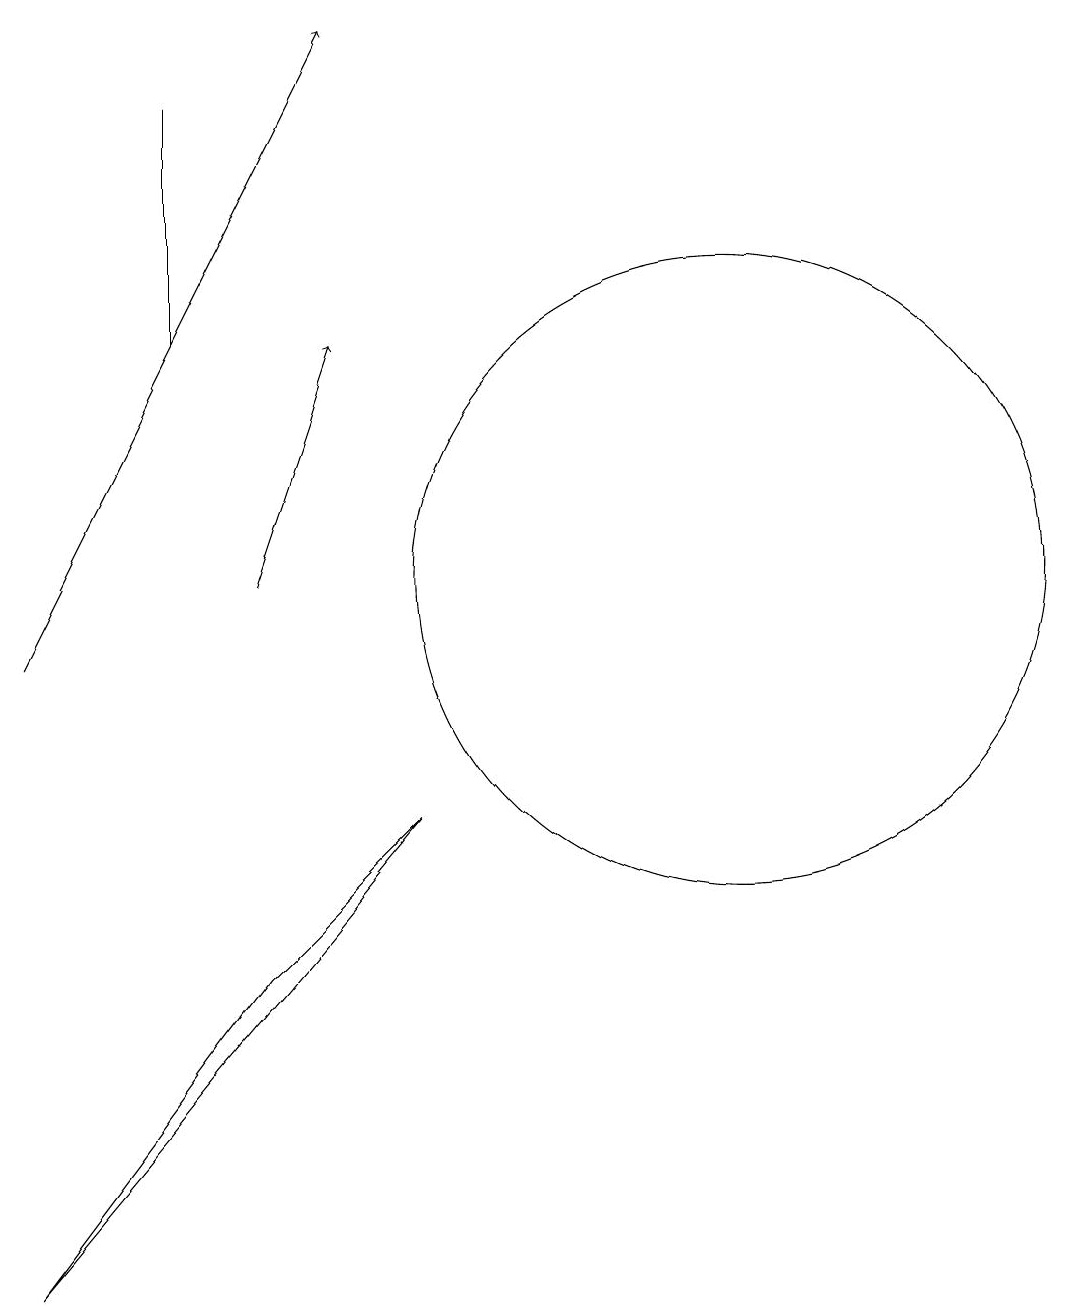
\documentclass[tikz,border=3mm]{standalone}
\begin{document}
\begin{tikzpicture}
\draw (10,12) circle (4);
\draw (3,15) rectangle (3,18);
\draw[->] (4,12) -- (5,15);
\draw[->] (1,11) -- (5,19);
\draw (1,3) -- (4,7) -- (6,9) -- cycle;
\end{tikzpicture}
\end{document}